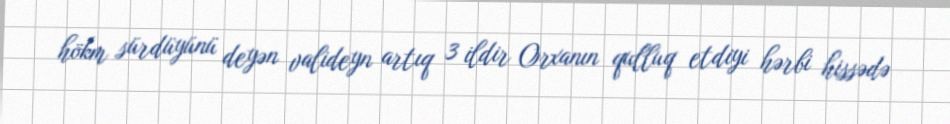
hökm sürdüyünü deyən valideyn artıq 3 ildir Orxanın qulluq etdiyi hərbi hissədə